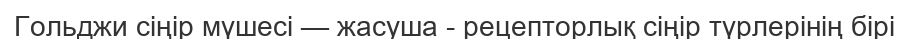
Гольджи сіңір мүшесі — жасуша - рецепторлық сіңір түрлерінің бірі